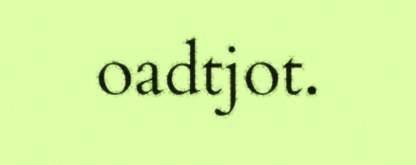
oadtjot.